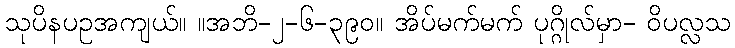
သုပိနပဥအကျယ်။ ။အဘိ-၂-၆-၃၉၀။ အိပ်မက်မက် ပုဂ္ဂိုလ်မှာ- ဝိပလ္လသ